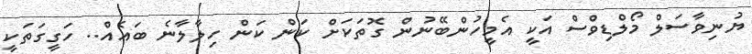
ޔުނިވާސަލް މޯލްޑިވްސް އަކީ އެމީހުންބޭނުން ގޮތަކަށް ކަން ކަން ހިލާލާނެ ބައެއް.. ހަގީގަތަކީ